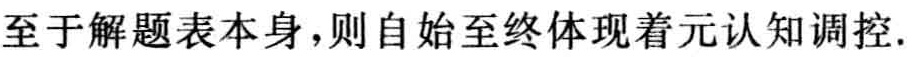
至于解题表本身，则自始至终体现着元认知调控.